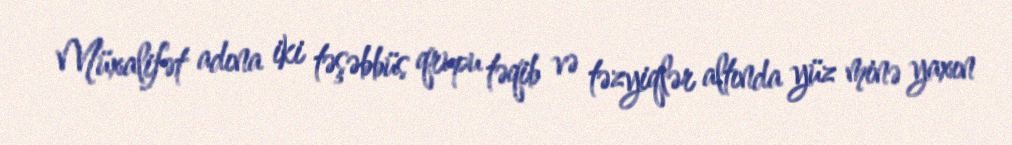
Müxalifət adına iki təşəbbüs qrupu təqib və təzyiqlər altında yüz minə yaxın